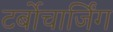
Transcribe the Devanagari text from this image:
टर्बोचार्जिंग